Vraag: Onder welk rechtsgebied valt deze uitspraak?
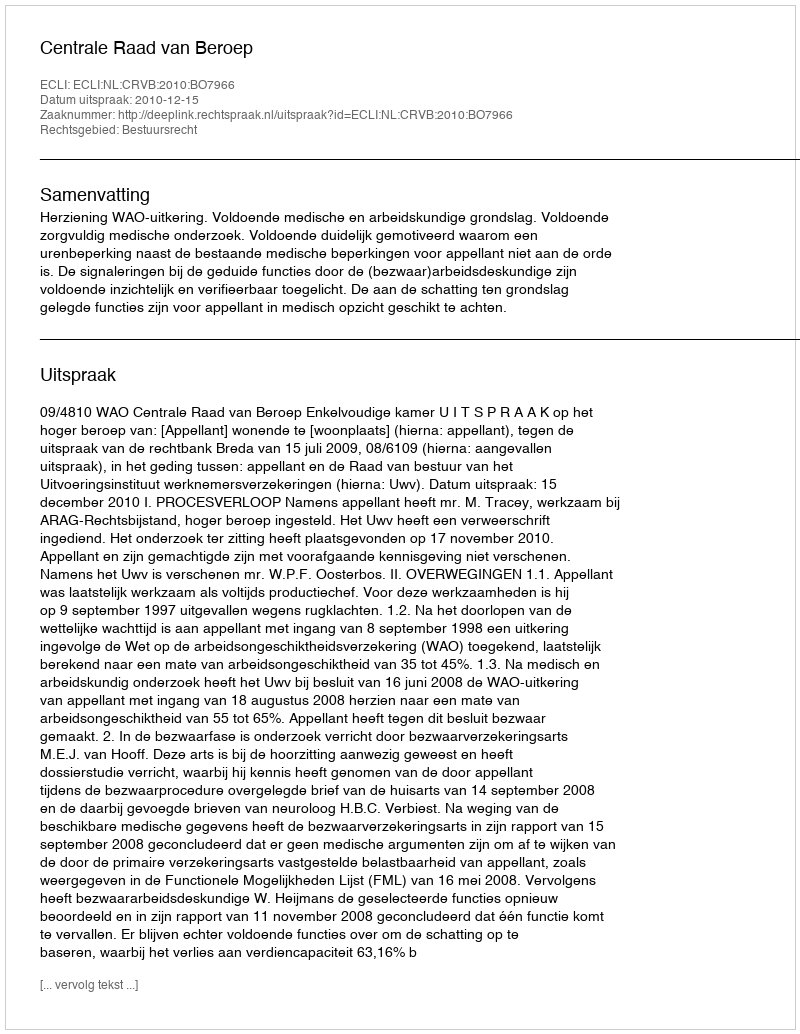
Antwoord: Bestuursrecht